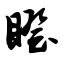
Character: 瞪